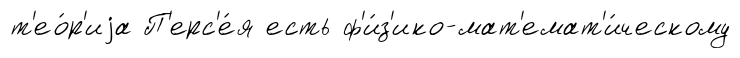
т'ео́р'иjа П'ерс'е́я есть ф'и́з'ико-мат'емат'и́ческому